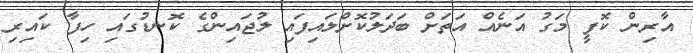
އާރިން ކޮފީ މަގު އަނެއް އަތަށް ބަދަލުކޮށްލައިފައި ލުޖައިންގެ ކޮނޑުގައި ހިފާ ކައިރި